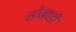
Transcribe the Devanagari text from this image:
सोमवडी